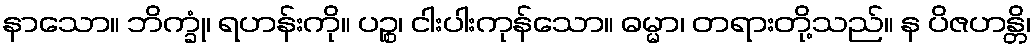
နာသော။ ဘိက္ခုံ၊ ရဟန်းကို။ ပဉ္စ၊ ငါးပါးကုန်သော။ ဓမ္မာ၊ တရားတို့သည်။ န ပိဇဟန္တိ၊